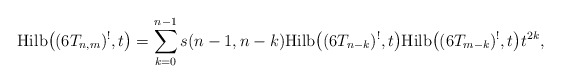
\begin{gather*}{\rm Hilb}\big((6T_{n,m})^{!},t\big)=\sum_{k=0}^{n-1} s(n-1,n-k){\rm Hilb}\big((6T_{n-k})^{!},t\big) {\rm Hilb}\big((6T_{m-k})^{!},t\big) t^{2k},\end{gather*}